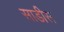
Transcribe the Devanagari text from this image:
साडीस